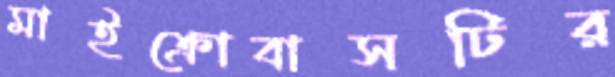
মাইক্রোবাসটির